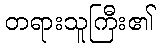
တရားသူကြီး၏